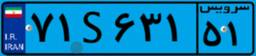
۷۱S۶۳۱۵۱